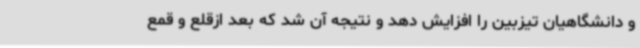
و دانشگاهیان تیزبین را افزایش دهد و نتیجه آن شد که بعد ازقلع و قمع